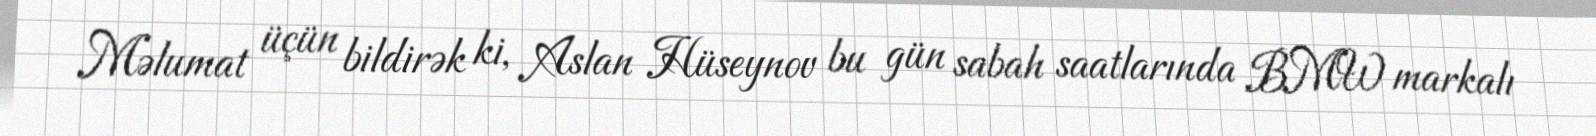
Məlumat üçün bildirək ki, Aslan Hüseynov bu gün sabah saatlarında BMW markalı